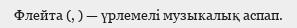
Флейта (, ) — үрлемелі музыкалық аспап.